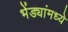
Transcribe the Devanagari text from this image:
भेंड्यांमध्ये